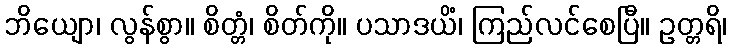
ဘိယျော၊ လွန်စွာ။ စိတ္တံ၊ စိတ်ကို။ ပသာဒယိံ၊ ကြည်လင်စေပြီ။ ဥတ္တရိ၊